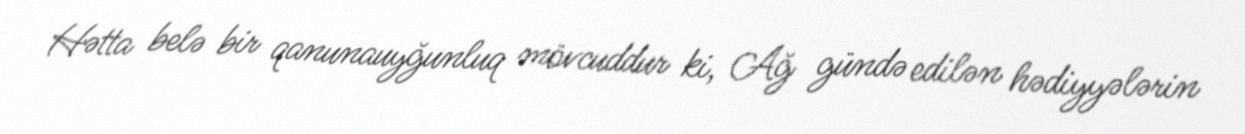
Hətta belə bir qanunauyğunluq mövcuddur ki, Ağ gündə edilən hədiyyələrin